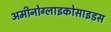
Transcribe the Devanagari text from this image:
अमीनोग्लाइकोसाइडस